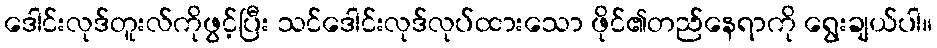
ဒေါင်းလုဒ်တူးလ်ကိုဖွင့်ပြီး သင်ဒေါင်းလုဒ်လုပ်ထားသော ဖိုင်၏တည်နေရာကို ရွေးချယ်ပါ။